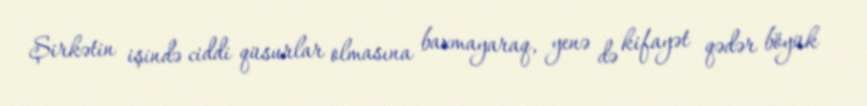
Şirkətin işində ciddi qüsurlar olmasına baxmayaraq, yenə də kifayət qədər böyük